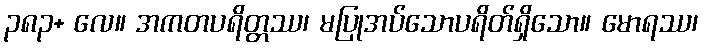
၃၈၃+ လေ။ အကတပရိတ္တဿ၊ မပြုအပ်သောပရိတ်ရှိသော။ မောရဿ၊